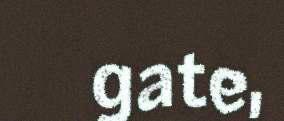
gate,